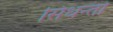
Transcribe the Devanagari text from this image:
सिधन्तो